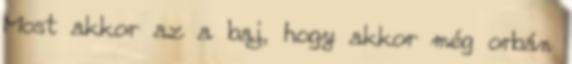
Most akkor az a baj, hogy akkor még orbán